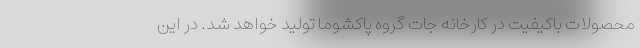
محصولات باکیفیت در کارخانه جات گروه پاکشوما تولید خواهد شد. در این